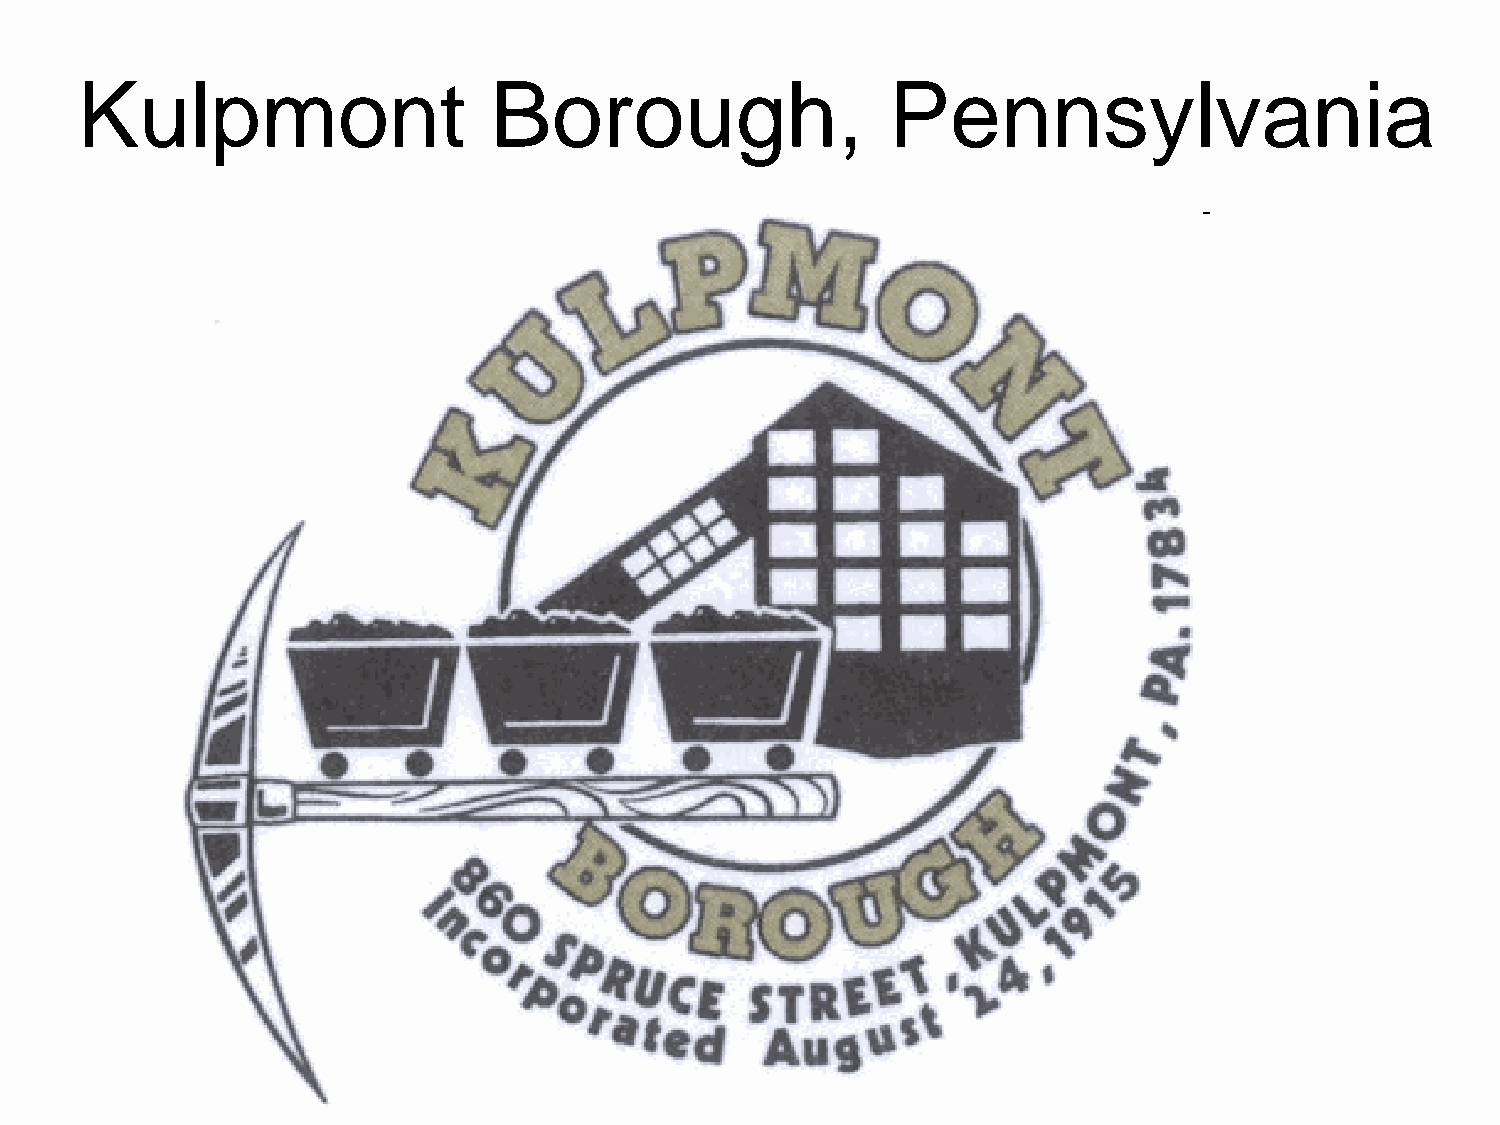
Kulpmont                   Borough,                   Pennsylvania